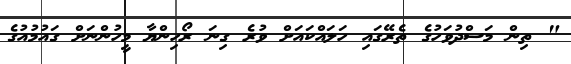
" ތިން މަސްދުވަަހުގެ ތެރޭގައި ހަލައްކަައަށް ވުރެ ގިނަ ރޯހިންޔާ މީހުންނަށް ގައުމުއުގެ